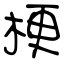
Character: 梗